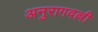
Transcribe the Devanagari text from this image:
अनुरागवल्ली